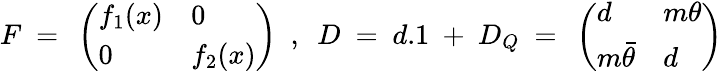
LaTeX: F~=~\left(\begin{array}{ll}{{f_{1}(x)}}&{{0}}\\ {{0}}&{{f_{2}(x)}}\end{array}\right)~~,~~D~=~d.1~+~D_{Q}~=~\left(\begin{array}{ll}{{d}}&{{m\theta}}\\ {{m{\bar{\theta}}}}&{{d}}\end{array}\right)